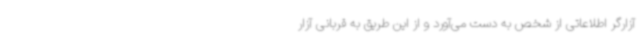
آزارگر اطلاعاتی از شخص به دست می‌آورد و از این طریق به قربانی آزار